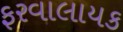
ફરવાલાયક